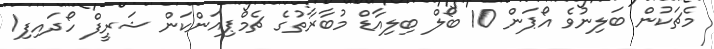
މެޗަކުން ބަލިނުވެ އޯޕަން 10 ބޯލް ބިލިއާޑް މުބާރާތުގެ ޗެމްޕިއަންކަން ޝަރީފް ހޯދައިފި1